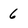
Character: 6